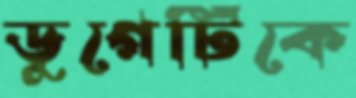
ডুগের্টিকে